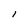
Character: l